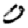
Digit: 0